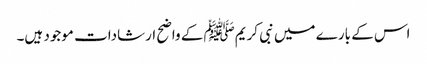
اس کے بارے میں نبی کریمﷺ کے واضح ارشادات موجود ہیں۔